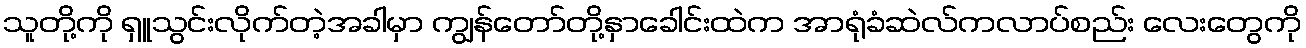
သူတို့ကို ရှူသွင်းလိုက်တဲ့အခါမှာ ကျွန်တော်တို့နှာခေါင်းထဲက အာရုံခံဆဲလ်ကလာပ်စည်း လေးတွေကို